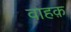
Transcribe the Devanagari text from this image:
वाहक़